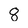
Character: 8